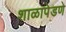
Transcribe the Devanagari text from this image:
शाळापेडणे